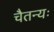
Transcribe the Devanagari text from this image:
चैतन्यः